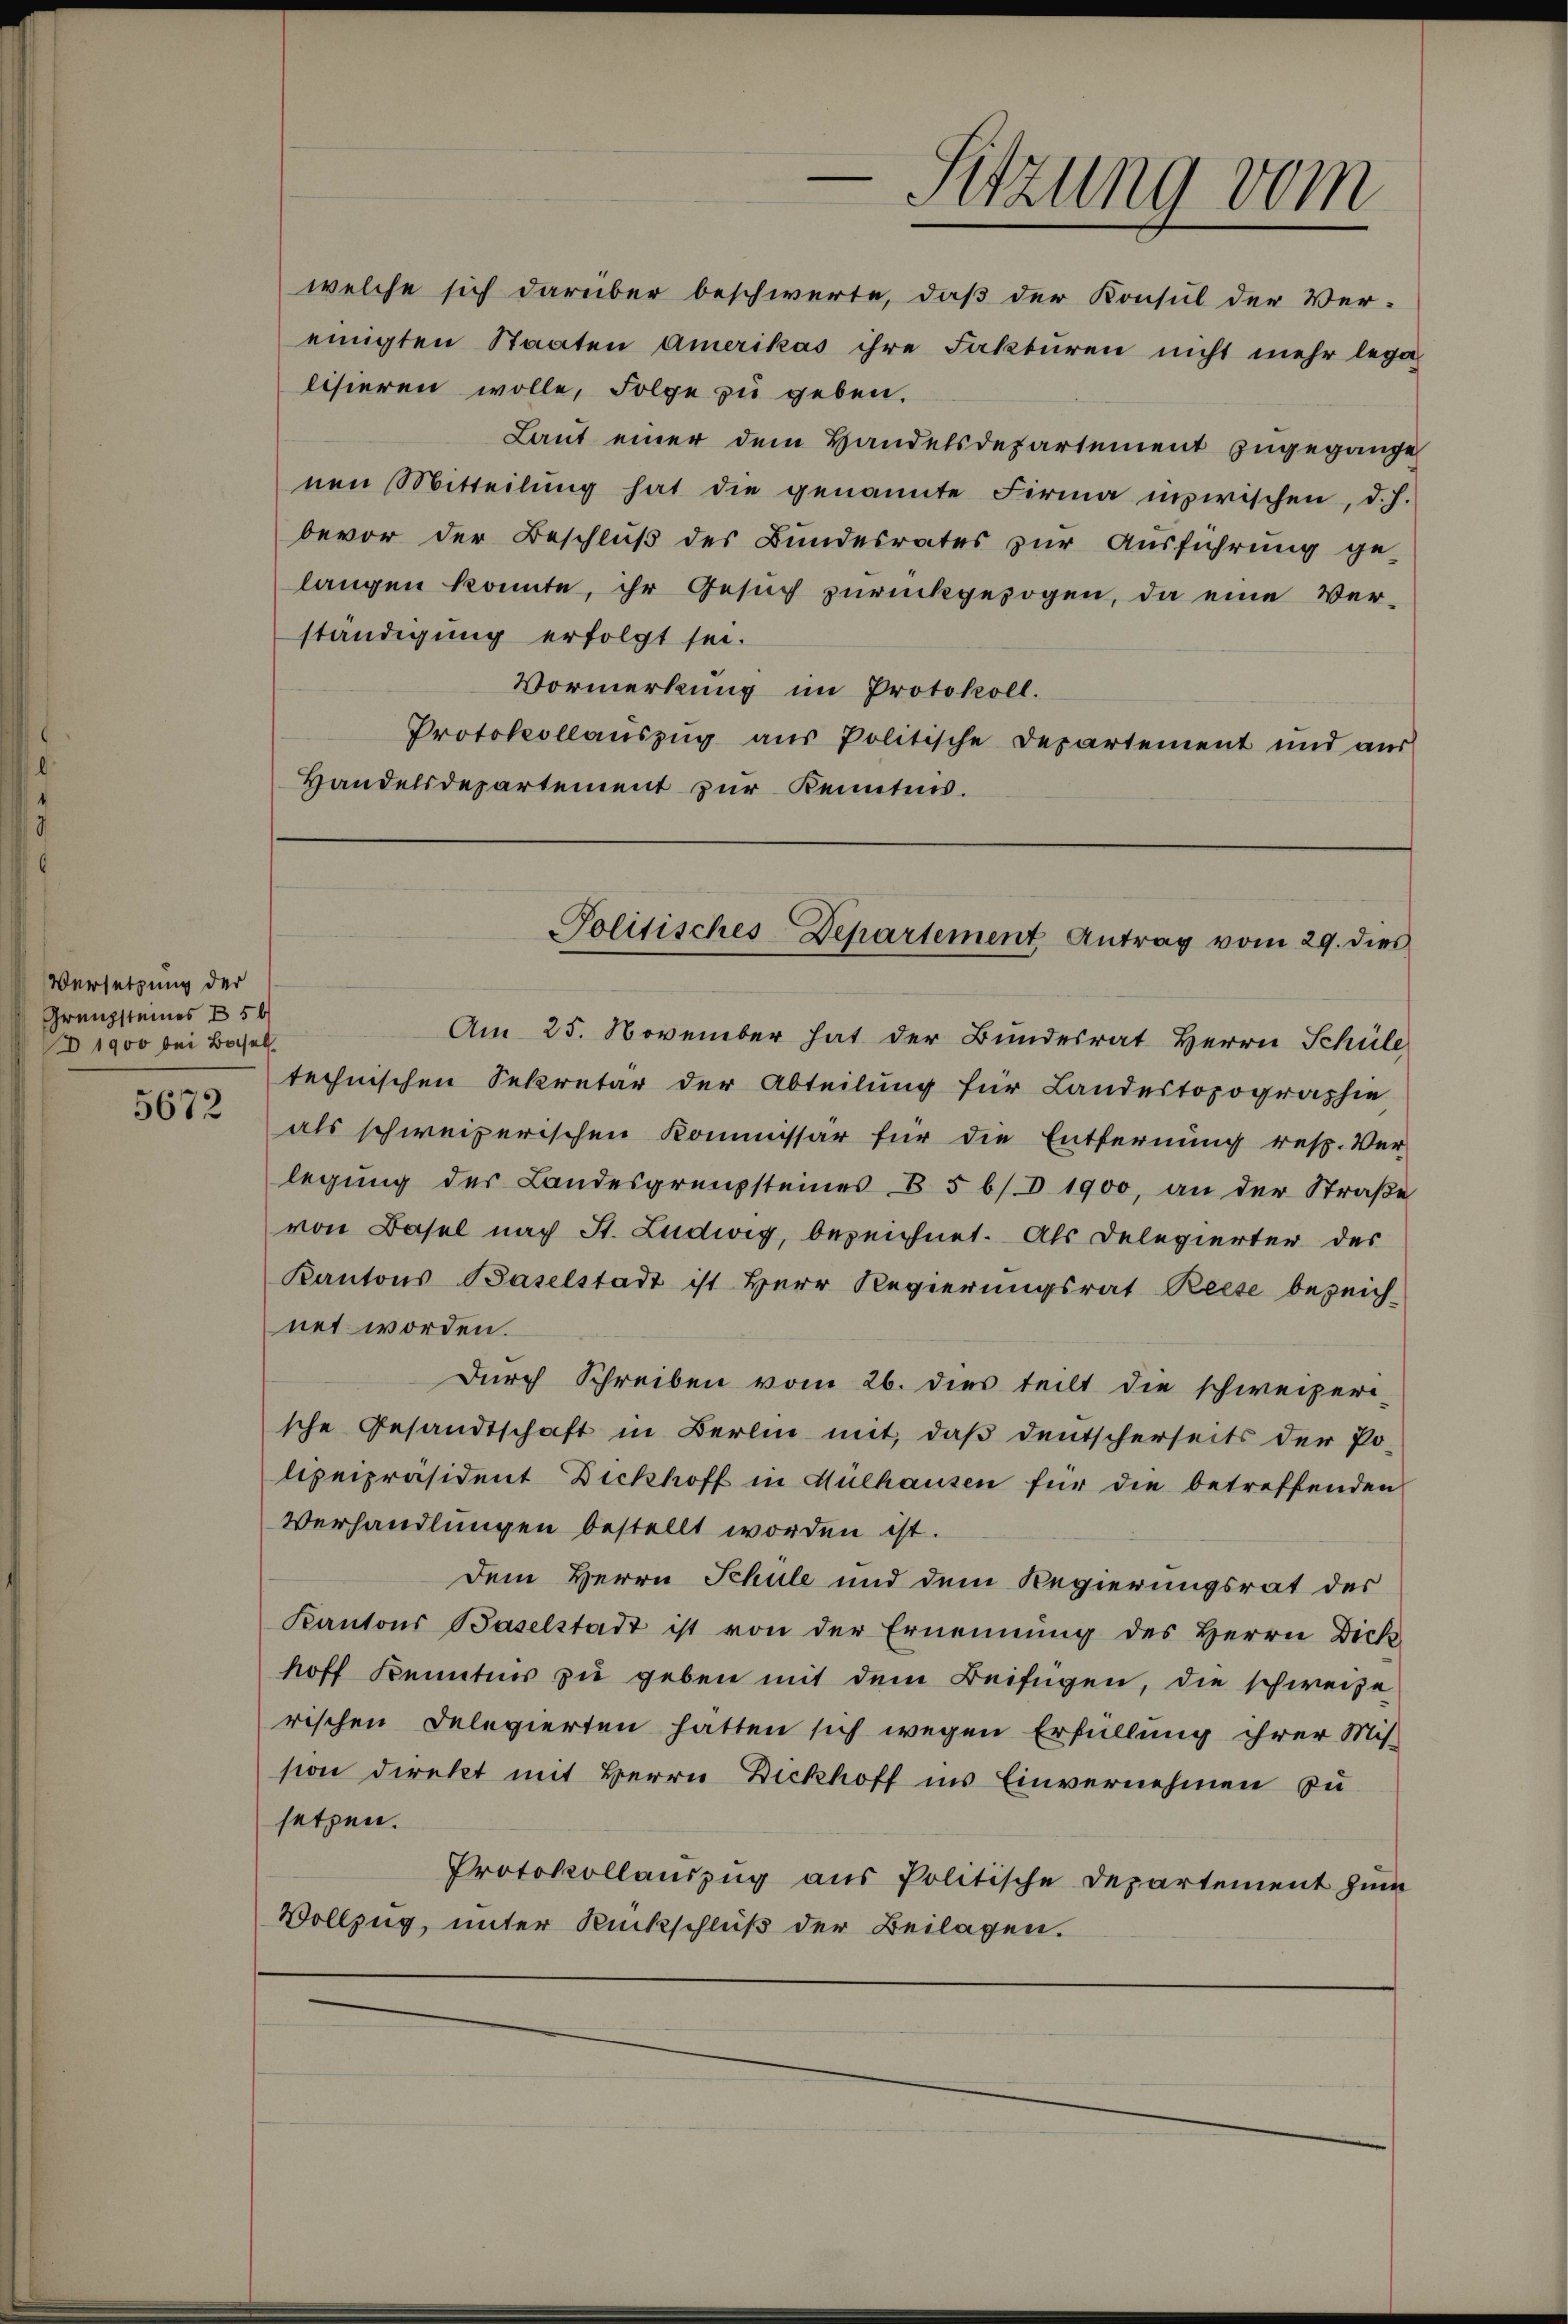
Versetzung der
Grenzsteines B 56
 1900 bei Basel
5672

welche sich darüber beschwerte, daß der Konsul der Ver-
einigten Staaten amerikas ihre Fakturen nicht mehr legalisieren wolle, Folge zu geben.
Laut einer dem Handelsdepartement zugegange
nen Mitteilŭng hat die genannte Firma inzwischen, d. h.
bevor der Beschluß des Bundesrates zur Ausführung ge-
langen konnte, ihr Gesuch zurückgezogen, da eine Verständigung erfolgt sei.
Vormerkung im Protokoll.
Protokollauszug aus Politische Departement und aus
Handelsdepartement zur Kenntnis.

Am 25. November hat der Bundesrat Herrn Schüle
technischen Sekretär der Abteilung für Landestopographie
als schweizerischen Kommissär für die Entfernung resp. Ver-
legung der Landesgrenzsteines B 5 b) d. 1900, an der Straße
von Basel nach St. Ludwig, bezeichnet. Als Delegierter des
Kantons Baselstadt ist Herr Regierungsrat Reise bezeich-
net worden.
Durch Schreiben vom 26. dies teilt die schweizeri-
sche Gesandtschaft in Berlin mit, daß deutscherseits der Po-
lipeipräsident Dickhoff in Mülhausen für die betreffenden
Verhandlungen bestellt worden ist.
dem Herrn Schule und dem Regierungsrat des
Kantons Baselstadt ist von der Ernennung des Herrn Dich
hoff Kenntnis zu geben mit dem Beifügen, die schweize
rischen Delegierten hatten sich wegen Erfüllung ihrer Mis-
sion direkt mit Herrn Dickhoff ins Einvernehmen zu
setzen.
Protokollauszug aus Politische Departement zum
Vollzug, unter Rückschluß der Beilagen.

Sitzung vom

Politisches-Departement Antrag vom 29. dies